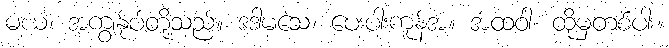
မယံ၊ အကျွန်ုပ်တို့သည်။ ဒဒါမသေ၊ ပေးပါးကုန်အံ့။ အထဝါ၊ ထိုမှတစ်ပါး။